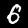
Label: 6